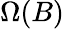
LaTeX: \Omega(B)